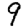
Digit: 9